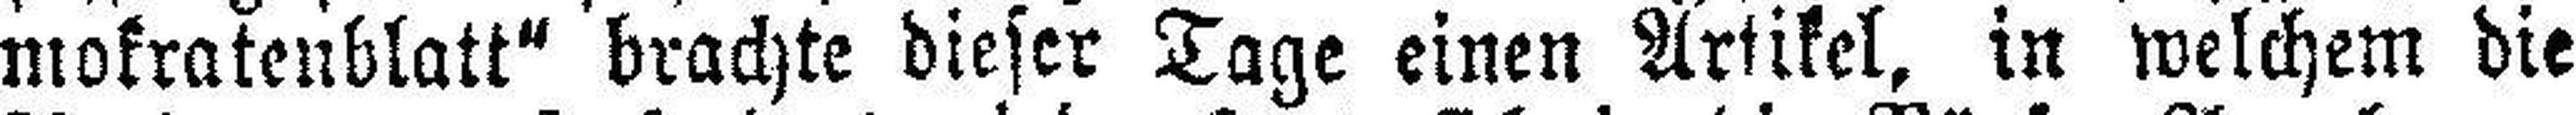
mokratenblatt“ brachte dieser Tage einen Artikel, in welchem die